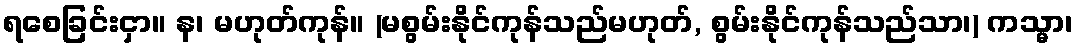
ရစေခြင်းငှာ။ န၊ မဟုတ်ကုန်။ (မစွမ်းနိုင်ကုန်သည်မဟုတ်, စွမ်းနိုင်ကုန်သည်သာ၊) ကသ္မာ၊